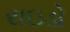
રાઇડો